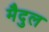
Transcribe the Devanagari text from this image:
मैदुल